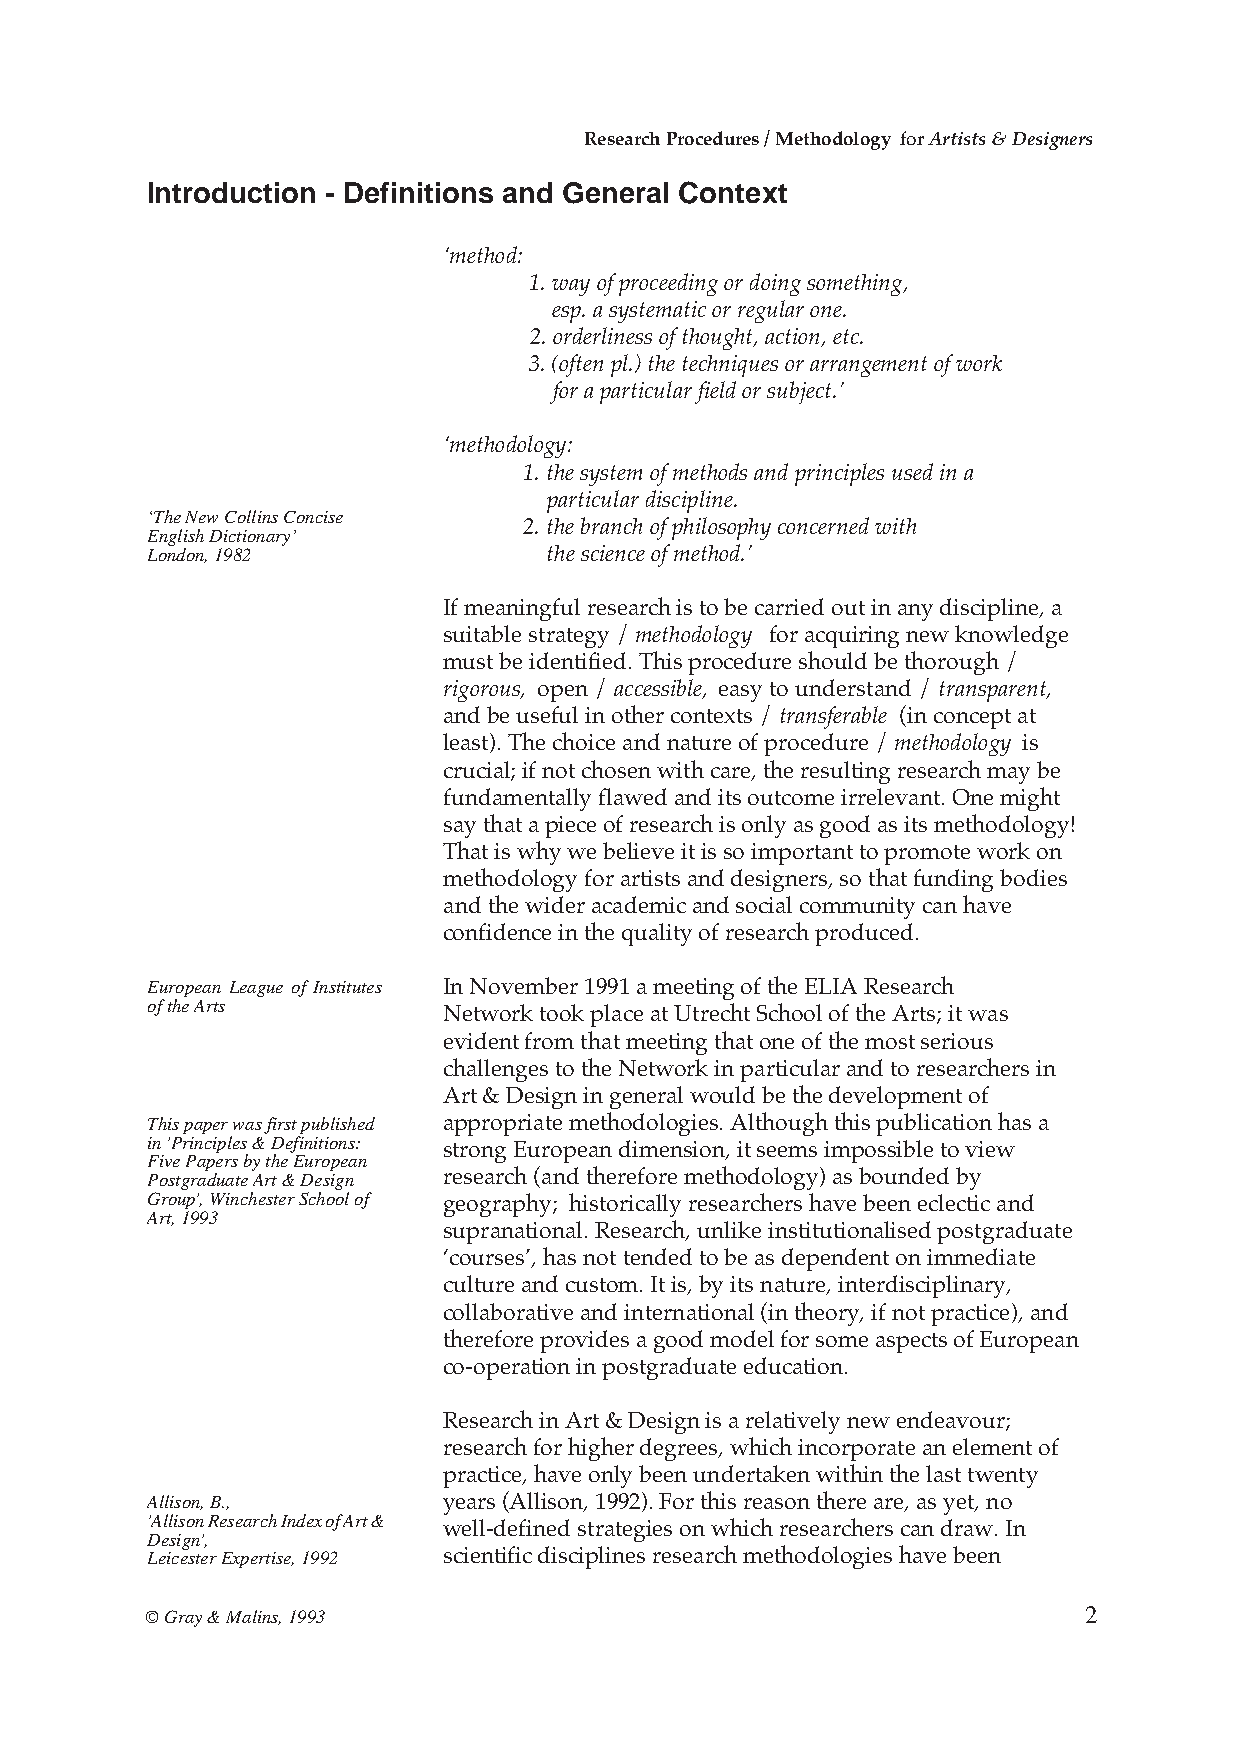
Research Procedures / Methodology for Artists & Designers
 Introduction - Definitions and General Context
 ‘method:
 1. way of proceeding or doing something,
 esp. a systematic or regular one.
 2. orderliness of thought, action, etc.
 3. (often pl.) the techniques or arrangement of work
 for a particular field or subject.’
 ‘methodology:
 1. the system of methods and principles used in a
 particular discipline.
 ‘The New Collins Concise
 2. the branch of philosophy concerned with
 English Dictionary’
 London, 1982              the science of method.’
 If meaningful research is to be carried out in any discipline, a
 suitable strategy / methodology for acquiring new knowledge
 must be identified. This procedure should be thorough /
 rigorous, open / accessible, easy to understand / transparent,
 and be useful in other contexts / transferable (in concept at
 least). The choice and nature of procedure / methodology is
 crucial; if not chosen with care, the resulting research may be
 fundamentally flawed and its outcome irrelevant. One might
 say that a piece of research is only as good as its methodology!
 That is why we believe it is so important to promote work on
 methodology for artists and designers, so that funding bodies
 and the wider academic and social community can have
 confidence in the quality of research produced.
 European League of Institutes In November 1991 a meeting of the ELIA Research
 of the Arts
 Network took place at Utrecht School of the Arts; it was
 evident from that meeting that one of the most serious
 challenges to the Network in particular and to researchers in
 Art & Design in general would be the development of
 This paper was first published appropriate methodologies. Although this publication has a
 in 'Principles & Definitions:
 strong European dimension, it seems impossible to view
 Five Papers by the European
 Postgraduate Art & Design research (and therefore methodology) as bounded by
 Group', Winchester School of geography; historically researchers have been eclectic and
 Art, 1993
 supranational. Research, unlike institutionalised postgraduate
 ‘courses’, has not tended to be as dependent on immediate
 culture and custom. It is, by its nature, interdisciplinary,
 collaborative and international (in theory, if not practice), and
 therefore provides a good model for some aspects of European
 co-operation in postgraduate education.
 Research in Art & Design is a relatively new endeavour;
 research for higher degrees, which incorporate an element of
 practice, have only been undertaken within the last twenty
 Allison, B.,       years (Allison, 1992). For this reason there are, as yet, no
 'Allison Research Index of Art &
 well-defined strategies on which researchers can draw. In
 Design',
 Leicester Expertise, 1992 scientific disciplines research methodologies have been
 © Gray & Malins, 1993                                         2